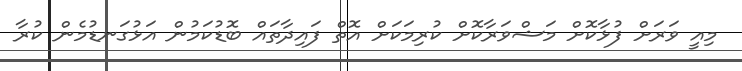
މިއީ ވަރަށް ފުޅާކޮށް މަޝްވަރާކޮށް ކުރިމަކަށް އޮތް ފައިދާތައް ބޮޑުކަމުން އަޅުގަނޑުމެން ކުރާ